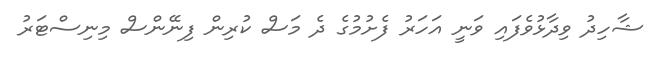
ޝާހިދު ވިދާޅުވެފައި ވަނީ އަހަރު ފެށުމުގެ ދެ މަސް ކުރިން ފިނޭންސް މިނިސްޓަރު